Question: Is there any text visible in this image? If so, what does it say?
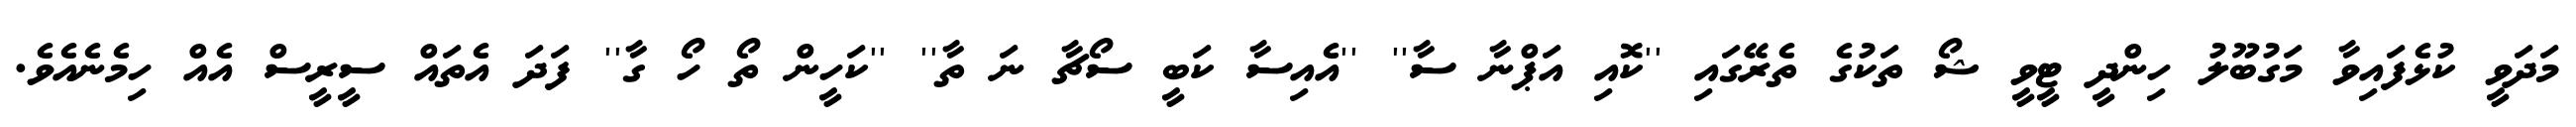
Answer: މަދަވީ ކުޅެފައިވާ މަގުބޫލު ހިންދީ ޓީވީ ޝޯ ތަކުގެ ތެރޭގައި ''ކޮއި އަޕްނާ ސާ'' ''އެއިސާ ކަބީ ސޯޗާ ނަ ތާ'' ''ކަހީން ތޯ ހޯ ގާ'' ފަދަ އެތައް ސީރީސް އެއް ހިމެނެއެވެ.